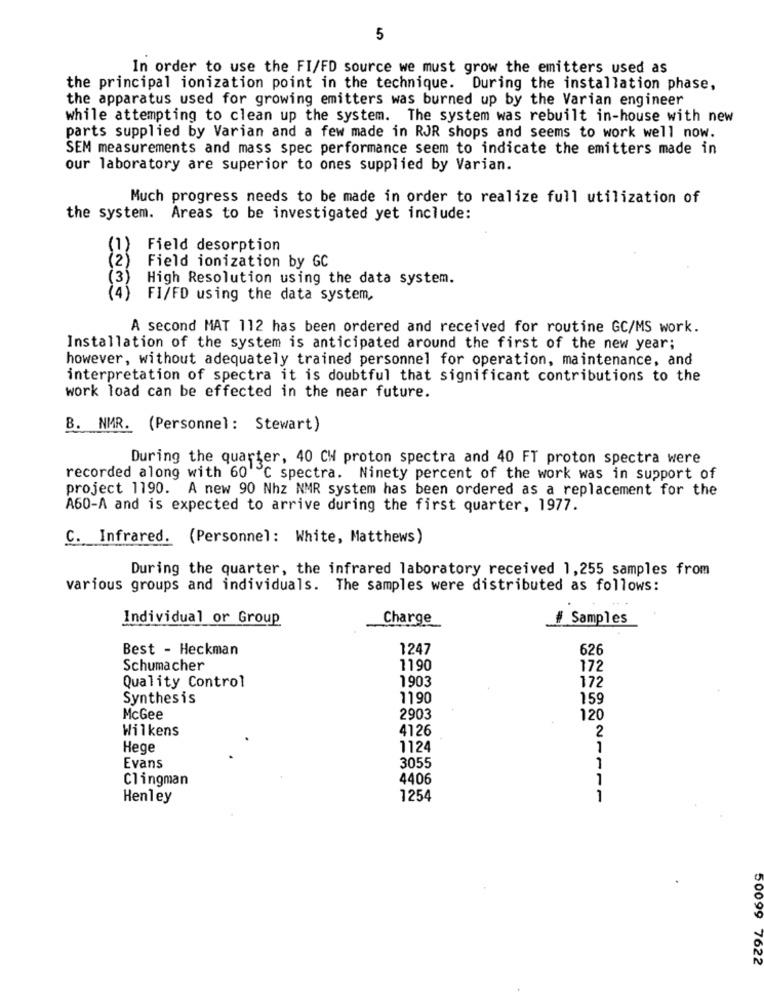
5
In order to use the FI/FD source we must grow the emitters used as
the principal ionization point in the technique. During the installation phase,
the apparatus used for growing emitters was burned up by the Varian engineer
while attempting to clean up the system. The system was rebuilt in-house with new
parts supplied by Varian and a few made in RJR shops and seems to work well now.
SEM measurements and mass spec performance seem to indicate the emitters made in
our laboratory are superior to ones supplied by Varian.
Much progress needs to be made in order to realize full utilization of
the system.
Areas to be investigated yet include:
(1)
Field desorption
(2)
Field ionization by GC
3
High Resolution using the data system.
(4)
FI/FD using the data system,
A second MAT 112 has been ordered and received for routine GC/MS work.
Installation of the system is anticipated around the first of the new year;
however, without adequately trained personnel for operation, maintenance, and
interpretation of spectra it is doubtful that significant contributions to the
work load can be effected in the near future.
B. NMR. (Personnel: Stewart)
During the quarter, 40 CH proton spectra and 40 FT proton spectra were
recorded along with 60 ℃ spectra. Ninety percent of the work was in support of
project 1190. A new 90 Nhz NMR system has been ordered as a replacement for the
A60-A and is expected to arrive during the first quarter, 1977.
C. Infrared. (Personnel: White, Matthews)
During the quarter, the infrared laboratory received 1,255 samples from
various groups and individuals. The samples were distributed as follows:
Individual or Group
Charge
# Samples
Best - Heckman
1247
626
Schumacher
1190
172
1903
172
Quality Control
Synthesis
1190
159
McGee
2903
120
Wilkens
4126
2
Hege
1124
1
Evans
3055
1
Clingman
4406
Henley
1254
1
50099 7622